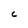
Character: C